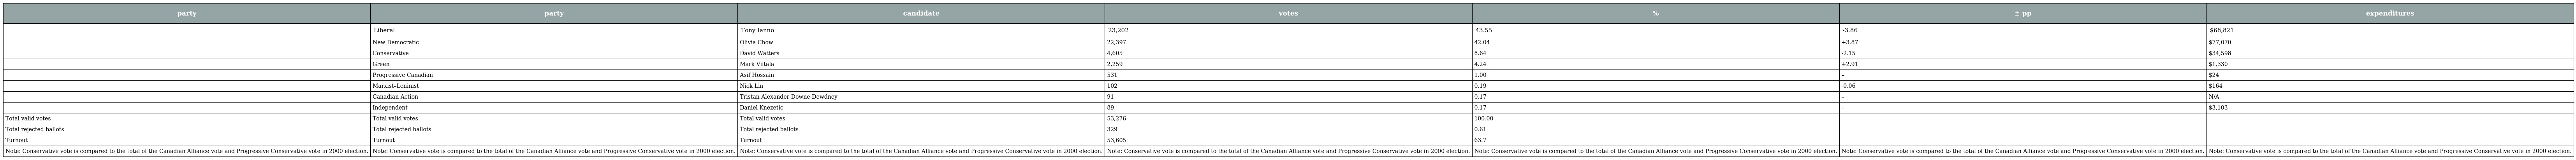
| party | party | candidate | votes | % | ± pp | expenditures |
 | --- | --- | --- | --- | --- | --- | --- |
 |  | Liberal | Tony Ianno | 23,202 | 43.55 | -3.86 | $68,821 |
 |  | New Democratic | Olivia Chow | 22,397 | 42.04 | +3.87 | $77,070 |
 |  | Conservative | David Watters | 4,605 | 8.64 | -2.15 | $34,598 |
 |  | Green | Mark Viitala | 2,259 | 4.24 | +2.91 | $1,330 |
 |  | Progressive Canadian | Asif Hossain | 531 | 1.00 | – | $24 |
 |  | Marxist–Leninist | Nick Lin | 102 | 0.19 | -0.06 | $164 |
 |  | Canadian Action | Tristan Alexander Downe-Dewdney | 91 | 0.17 | – | N/A |
 |  | Independent | Daniel Knezetic | 89 | 0.17 | – | $3,103 |
 | Total valid votes | Total valid votes | Total valid votes | 53,276 | 100.00 |  |  |
 | Total rejected ballots | Total rejected ballots | Total rejected ballots | 329 | 0.61 |  |  |
 | Turnout | Turnout | Turnout | 53,605 | 63.7 |  |  |
 | Note: Conservative vote is compared to the total of the Canadian Alliance vote and Progressive Conservative vote in 2000 election. | Note: Conservative vote is compared to the total of the Canadian Alliance vote and Progressive Conservative vote in 2000 election. | Note: Conservative vote is compared to the total of the Canadian Alliance vote and Progressive Conservative vote in 2000 election. | Note: Conservative vote is compared to the total of the Canadian Alliance vote and Progressive Conservative vote in 2000 election. | Note: Conservative vote is compared to the total of the Canadian Alliance vote and Progressive Conservative vote in 2000 election. | Note: Conservative vote is compared to the total of the Canadian Alliance vote and Progressive Conservative vote in 2000 election. | Note: Conservative vote is compared to the total of the Canadian Alliance vote and Progressive Conservative vote in 2000 election. |